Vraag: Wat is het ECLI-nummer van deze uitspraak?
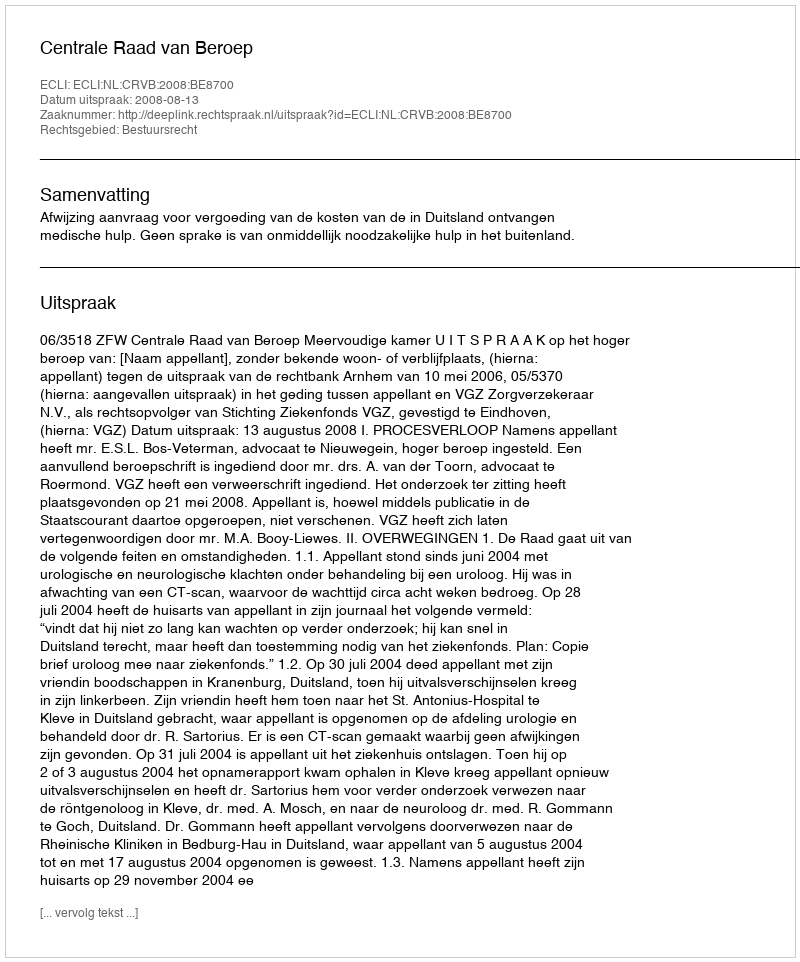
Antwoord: ECLI:NL:CRVB:2008:BE8700